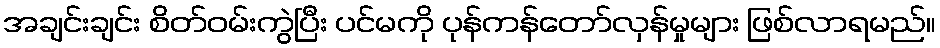
အချင်းချင်း စိတ်ဝမ်းကွဲပြီး ပင်မကို ပုန်ကန်တော်လှန်မှုများ ဖြစ်လာရမည်။